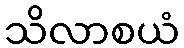
သိလာစယံ